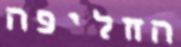
החליפה